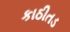
કાઠીતડ